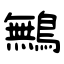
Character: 鷡